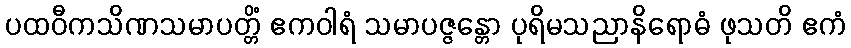
ပထဝီကသိဏသမာပတ္တိံ ဧကဝါရံ သမာပဇ္ဇန္တော ပုရိမသညာနိရောဓံ ဖုသတိ ဧကံ